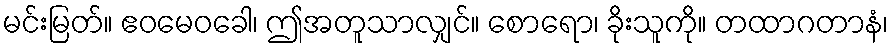
မင်းမြတ်။ ဧဝမေဝခေါ၊ ဤအတူသာလျှင်။ စောရော၊ ခိုးသူကို။ တထာဂတာနံ၊